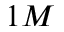
1 M